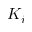
K _ { i }